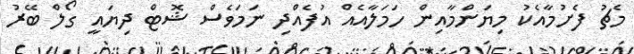
މެޗު ފެށުމާއެކު މިޔަންމާއިން ހަމަލާއެއް އުފެއްދި ނަމަވެސް ޝޮޓް ދިޔައީ ގޯލް ބޭރު